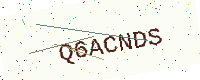
Text: Q6ACNDS